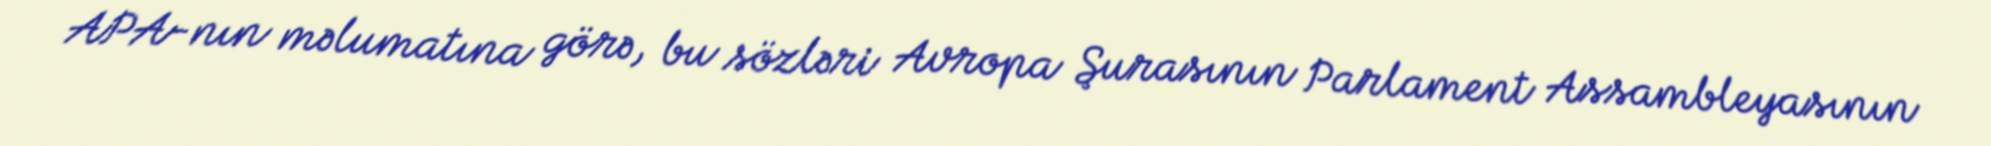
APA-nın məlumatına görə, bu sözləri Avropa Şurasının Parlament Assambleyasının